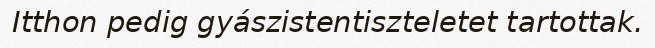
Itthon pedig gyászistentiszteletet tartottak.